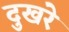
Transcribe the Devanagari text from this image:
दुखरे